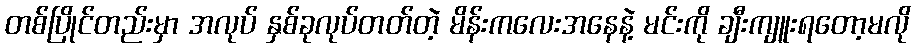
တစ်ပြိုင်တည်းမှာ အလုပ် နှစ်ခုလုပ်တတ်တဲ့ မိန်းကလေးအနေနဲ့ မင်းကို ချီးကျူးရတော့မလို